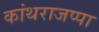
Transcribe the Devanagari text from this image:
कांथराजप्पा